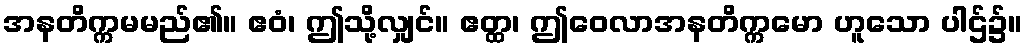
အနတိက္ကမမည်၏။ ဧဝံ၊ ဤသို့လျှင်။ ဧတ္ထ၊ ဤဝေလာအနတိက္ကမော ဟူသော ပါဌ်၌။